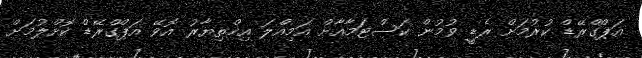
އަޕްގްރޭޑް ކުރުމަށް ރެޑިީ ވުމުން ކަސްޓަމާއާށް އަމިއްލަ އިޚްތިޔާރު އޮވޭ އަޕްގްރޭޑް ކޮށްލުމަށް